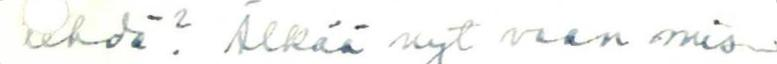
tehdä? Älkää nyt vaan mis-